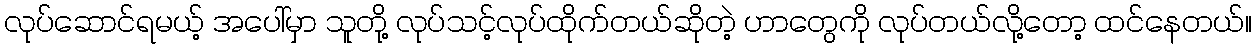
လုပ်ဆောင်ရမယ့် အပေါ်မှာ သူတို့ လုပ်သင့်လုပ်ထိုက်တယ်ဆိုတဲ့ ဟာတွေကို လုပ်တယ်လို့တော့ ထင်နေတယ်။